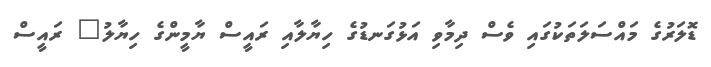
ޑޮލަރުގެ މައްސަލަތަކުގައި ވެސް ދިމާވި އަޅުގަނޑުގެ ހިޔާލާއި ރައީސް ޔާމީންގެ ހިޔާލު" ރައީސް